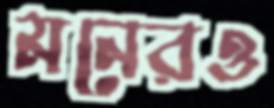
মনেরও